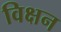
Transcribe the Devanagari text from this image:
विक्षन